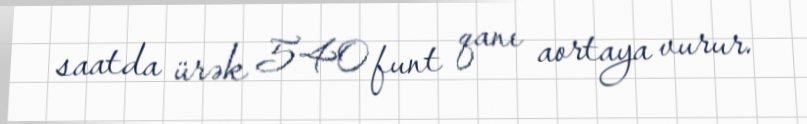
saatda ürək 540 funt qanı aortaya vurur.